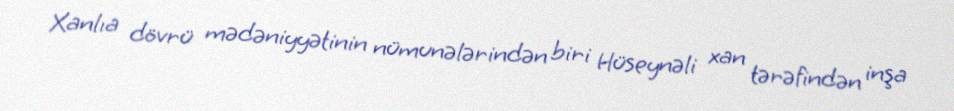
Xanlıa dövrü mədəniyyətinin nümunələrindən biri Hüseynəli xan tərəfindən inşa